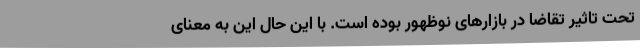
تحت تاثیر تقاضا در بازارهای نوظهور بوده است. با این حال این به معنای